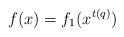
LaTeX: \begin{align*} f(x) =f_1(x^{t(q)})\end{align*}